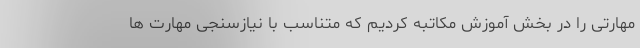
مهارتی را در بخش آموزش مکاتبه کردیم که متناسب با نیازسنجی مهارت ها